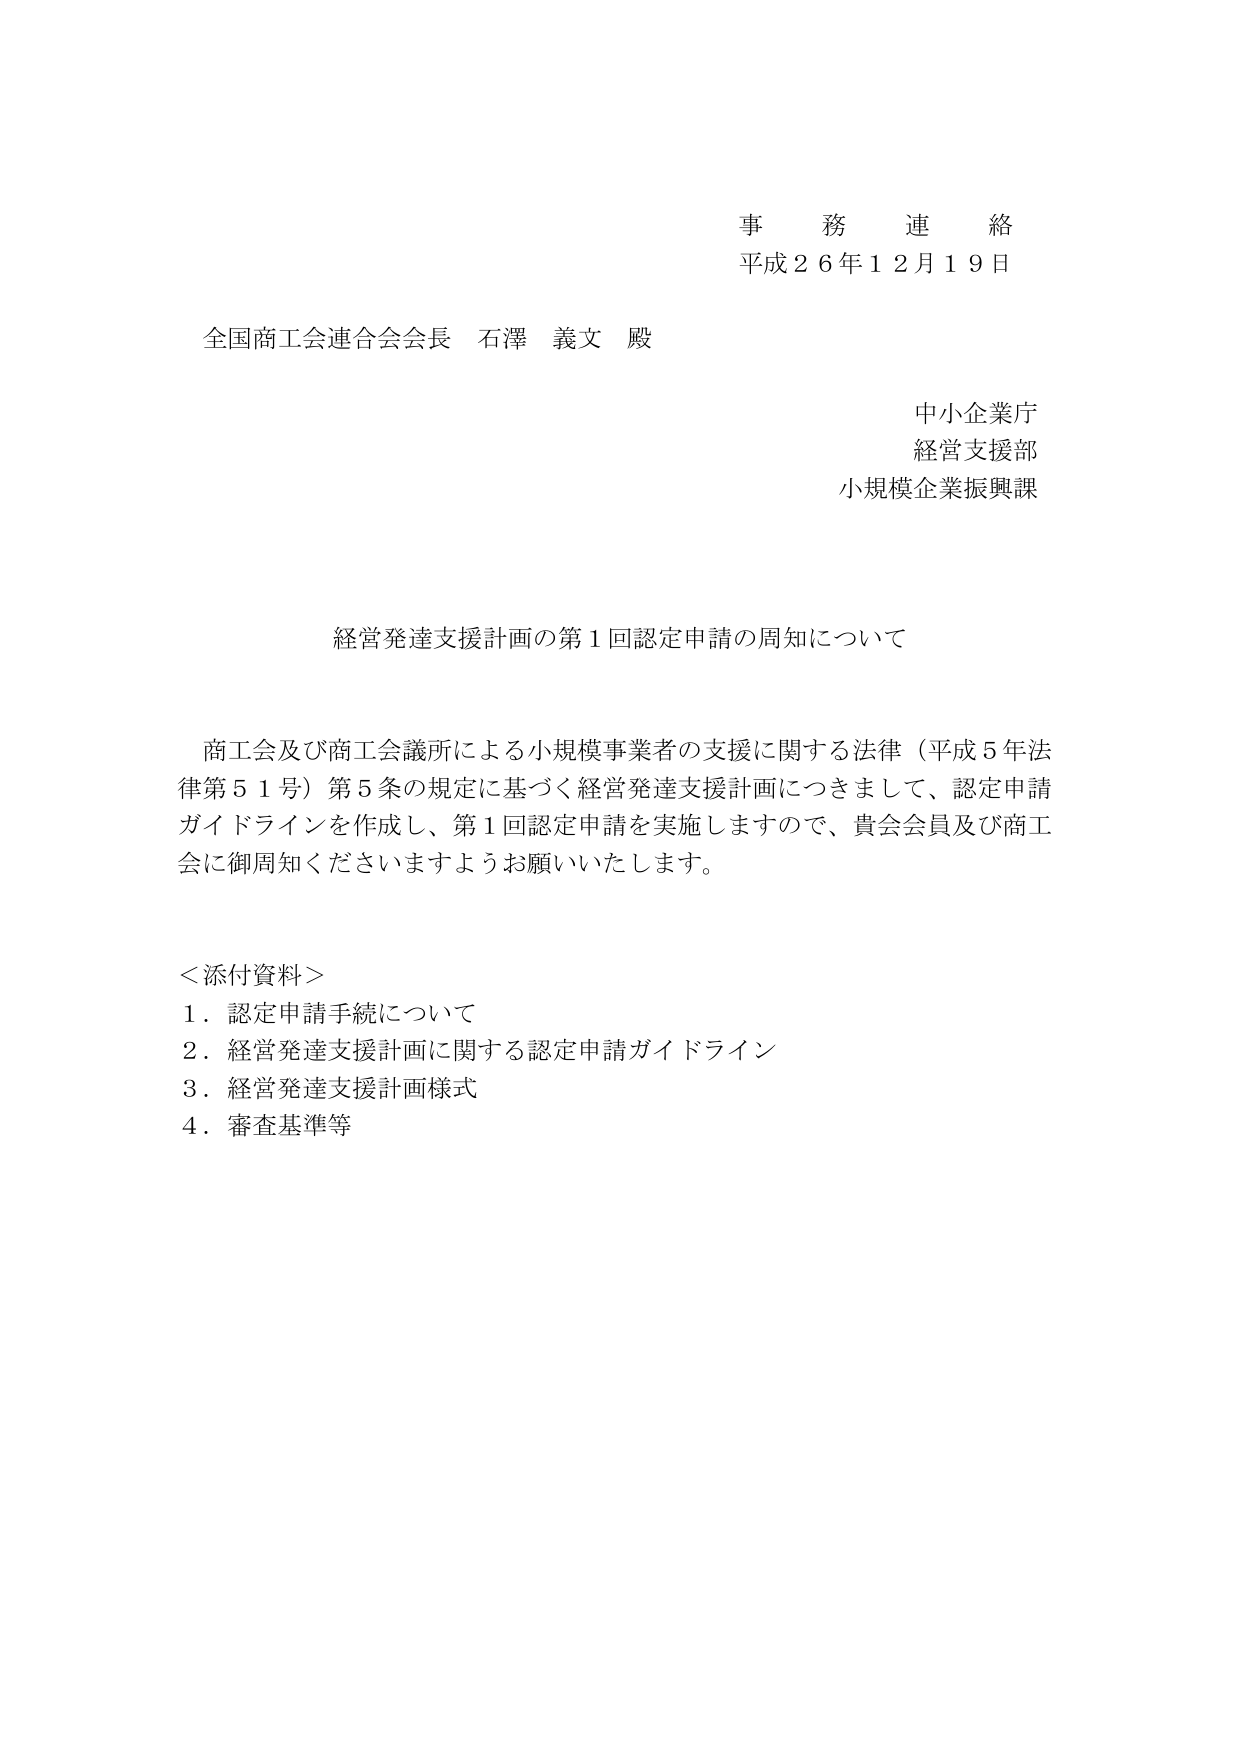
事務連絡
平成２６年１２月１９日

全国商工会連合会会長 石澤 義文 殿

中小企業庁
経営支援部
小規模企業振興課

経営発達支援計画の第１回認定申請の周知について

商工会及び商工会議所による小規模事業者の支援に関する法律（平成５年法律第５１号）第５条の規定に基づく経営発達支援計画につきまして、認定申請ガイドラインを作成し、第１回認定申請を実施しますので、貴会会員及び商工会に御周知くださいますようお願いいたします。

＜添付資料＞
１．認定申請手続について
２．経営発達支援計画に関する認定申請ガイドライン
３．経営発達支援計画様式
４．審査基準等